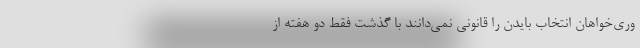
وری‌خواهان انتخاب بایدن را قانونی نمی‌دانند با گذشت فقط دو هفته از